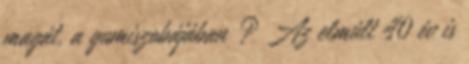
magát, a gumiszobájában ? Az elmúlt 40 év is